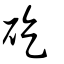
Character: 矻